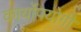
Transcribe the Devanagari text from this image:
कार्योपयोगी